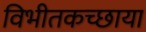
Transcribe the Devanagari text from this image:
विभीतकच्छाया